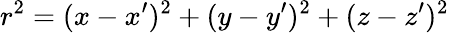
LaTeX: r^{2}=(x-x^{\prime})^{2}+(y-y^{\prime})^{2}+(z-z^{\prime})^{2}